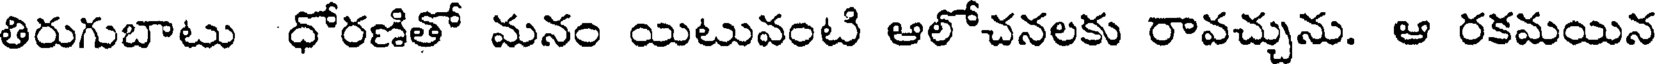
తిరుగుబాటు ధోరణితో మనం యిటువంటి ఆలోచనలకు రావచ్చును. ఆ రకమయిన